Report of the Indian Hemp Drugs Commission, 1894-1895 - Volume VI
Year: 1894
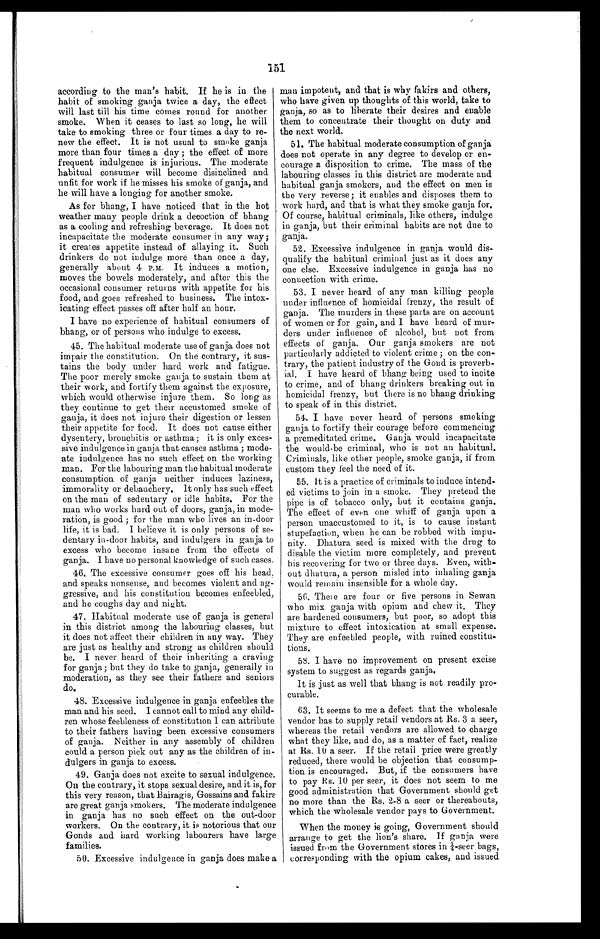
151
according to the man's habit. If he is in the
habit of smoking ganja twice a day, the effect
will last till his time comes round for another
smoke. When it ceases to last so long, he will
take to smoking three or four times a day to re
- n e w t h e e f f e c t . I t i s n o t u s u a l t o s m o k e g a n j a
more than four times a day; the effect of more
frequent indulgence is injurious. The moderate
habitual consumer will become disinclined and
unfit for work if he misses his smoke of ganja, and
he will have a longing for another smoke.
As for bhang, I have noticed that in the hot
weather many people drink a decoction of bhang
as a cooling and refreshing beverage. It does not
incapacitate the moderate consumer in any way;
it creates appetite instead of allaying it. Such
drinkers do not indulge more than once a day,
generally about 4 P.M. It induces a motion,
moves the bowels moderately, and after this the
occasional consumer returns with appetite for his
food, and goes refreshed to business. The intox
- i c a t i n g e f f e c t p a s s e s o f f a f t e r h a l f a n h o u r .
I have no experience of habitual consumers of
bhang, or of persons who indulge to excess.
45. The habitual moderate use of ganja does not
impair the constitution. On the contrary, it sus
- t a i n s t h e b o d y u n d e r h a r d w o r k a n d f a t i g u e .
The poor merely smoke ganja to sustain them at
their work, and fortify them against the exposure,
which would otherwise injure them. So long as
they continue to get their accustomed smoke of
ganja, it does not injure their digestion or lessen
their appetite for food. It does not cause either
dysentery, bronchitis or asthma; it is only exces
-sive indulgence in ganja that causes asthma; mode
-ate indulgence has no such effect on the working
man. For the labouring man the habitual moderate
consumption of ganja neither induces laziness,
immorality or debauchery. It only has such effect
on the man of sedentary or idle habits. For the
man who works hard out of doors, ganja, in mode
-ration, is good; for the man who lives an in-door
life, it is bad. I believe it is only persons of s
e-dentary in-door habits, and indulgers in ganja to
excess who become insane from the effects of
ganja. I have no personal knowledge of such cases.
46. The excessive consumer goes off his head,
and speaks nonsense, and becomes violent and ag
-gressive, and his constitution becomes enfeebled,
and he coughs day and night.
47. Habitual moderate use of ganja is general
in this district among the labouring classes, but
it does not affect their children in any way. They
are just as healthy and strong as children should
be. I never heard of their inheriting a craving
for ganja ; but they do take to ganja, generally in
moderation, as they see their fathers and seniors
do.
48. Excessive indulgence in ganja enfeebles the
man and his seed. I cannot call to mind any child-
ren whose feebleness of constitution I can attribute
to their fathers having been excessive consumers
of ganja. Neither in any assembly of children
could a person pick out any as the children of in-
dulgers in ganja to excess.
49. Ganja does not excite to sexual indulgence.
On the contrary, it stops sexual desire, and it is, for
this very reason, that Bairagis, Gossains and fakirs
are great ganja smokers. The moderate indulgence
in ganja has no such effect on the out-door
workers. On the contrary, it is notorious that our
Gonds and hard working labourers have large
families.
50. Excessive indulgence in ganja does make a
man impotent, and that is why fakirs and others,
who have given up thoughts of this world, take to
ga nja, so as to liberate their desires and enable
them to concentrate their thought on duty and
the next world.
51. The habitual moderate consumption of ganja
does not operate in any degree to develop or e
n - c o u r a g e a d i s p o s i t i o n t o c r i m e . T h e m a s s o f t h e
labouring classes in this district are moderate and
habitual ganja smokers, and the effect on men is
the very reverse; it enables and disposes them to
work hard, and that is what they smoke ganja for.
Of course, habitual criminals, like others, indulge
in ganja, but their criminal habits are not due to
ganja.
52. Excessive indulgence in ganja would dis-
qualify the habitual criminal just as it does any
one else. Excessive indulgence in ganja has no
connection with crime.
53. I never heard of any man killing people
under influence of homicidal frenzy, the result of
ganja. The murders in these parts are on account
of women or for gain, and I have heard of mur
-ders under influence of alcohol, but not from
effects of ganja. Our ganja smokers are not
particularly addicted to violent crime; on the con
-trary, the patient industry of the Gond is proverb
-ial. I have heard of bhang being used to incite
to crime, and of bhang drinkers breaking out in
homicidal frenzy, but there is no bhang drinking
to speak of in this district.
54. I have never heard of persons smoking
ganja to fortify their courage before commencing
a premeditated crime. Ganja would incapacitate
the would-be criminal, who is not an habitual.
Criminals, like other people, smoke ganja, if from
custom they feel the need of it.
55. It is a practice of criminals to induce intend
-ed victims to join in a smoke. They pretend the
pipe is of tobacco only, but it contains ganja.
The effect of even one whiff of ganja upon a
person unaccustomed to it, is to cause instant
stupefaction, when he can be robbed with impu
-nity. Dhatura seed is mixed with the drug to
disable the victim more completely, and prevent
his recovering for two or three days. Even, with--
out dhatura, a person misled into inhaling ganja
would remain insensible for a whole day.
56. There are four or five persons in Sewan
who mix ganja with opium and chew it. They
are hardened consumers, but poor, so adopt this
mixture to effect intoxication at small expense.
They are enfeebled people, with ruined constitu
- t i o n s .
58. I have no improvement on present excise
system to suggest as regards ganja.
It is just as well that bhang is not readily pro
- c u r a b l e .
63. It seems to me a defect that the wholesale
vendor has to supply retail vendors at Rs. 3 a seer,
whereas the retail vendors are allowed to charge
what they like, and do, as a matter of fact, realize
at Rs.10 a seer. If the retail price were greatly
reduced, there would be objection that consump
- t i o n i s e n c o u r a g e d . B u t , i f t h e c o n s u m e r s h a v e
to pay Rs.10 per seer, it does not seem to me
good administration that Government should get
no more than the Rs. 2-8 a seer or thereabouts,
which the wholesale vendor pays to Government.
When the money is going, Government should
arrange to get the lion's share. If ganja were
issued from the Government stores in ¼-seer bags,
corresponding with the opium cakes, and issued